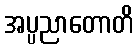
အပ္ပညာတောတိ